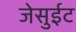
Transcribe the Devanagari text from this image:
जेसुईट